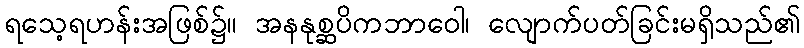
ရသေ့ရဟန်းအဖြစ်၌။ အနနုစ္ဆပိကဘာဝေါ၊ လျောက်ပတ်ခြင်းမရှိသည်၏